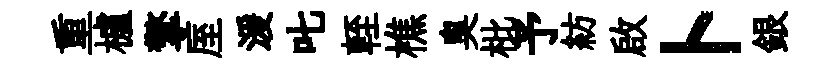
重櫨擎厔湲叱輊樵臭枇予紡啟卜銀